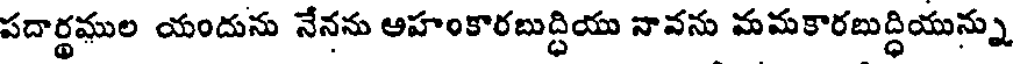
పదార్థముల యందును నేనను ఆహంకారబుద్ధియు నావను మమకారబుద్ధియున్ను